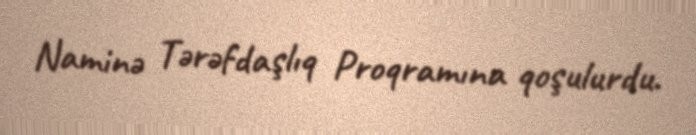
Naminə Tərəfdaşlıq Proqramına qoşulurdu.